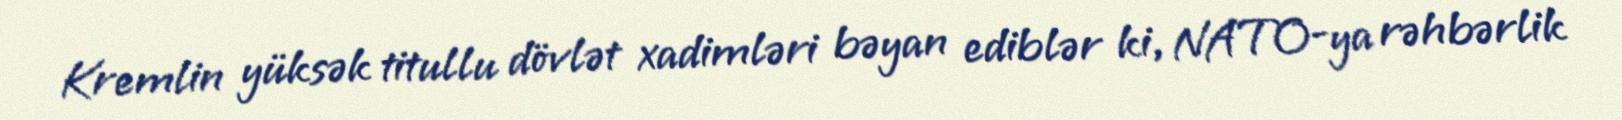
Kremlin yüksək titullu dövlət xadimləri bəyan ediblər ki, NATO-ya rəhbərlik